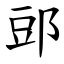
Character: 郖